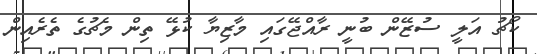
ކޯޗު އަލީ ސުޒޭން ބުނީ ރާއްޖޭގައި މާޒިޔާ ކުޅޭ ތިން މެޗުގެ ތެރެއިން